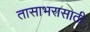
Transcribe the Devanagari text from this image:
तासाभरासाठी